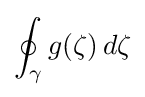
\oint _{\gamma }g(\zeta )\,d\zeta